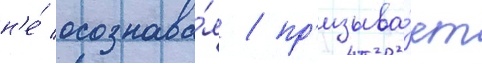
н'е́ осознава́я / пр'изыва́ет